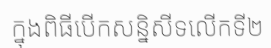
ក្នុងពិធីបើកសន្និសីទលើកទី២